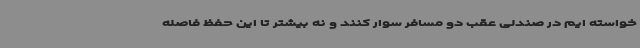
خواسته ایم در صندلی عقب دو مسافر سوار کنند و نه بیشتر تا این حفظ فاصله